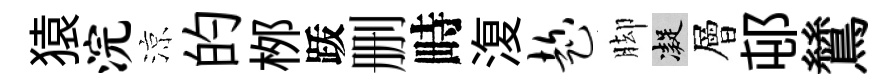
猿浣涼的桞䟦删畤𣸪趁脚凝層邨鷥